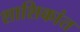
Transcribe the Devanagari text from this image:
शाशिकांत